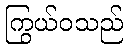
ကြွယ်ဝသည်